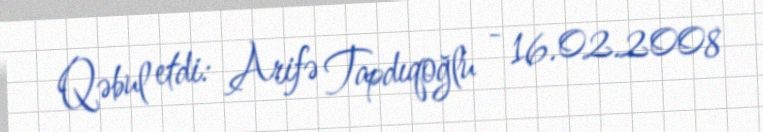
Qəbul etdi: Arifə Tapdıqoğlu - 16.02.2008